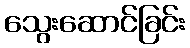
သွေးဆောင်ခြင်း